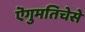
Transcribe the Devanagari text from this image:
ऎगुमतिचेसे